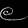
Digit: ၉